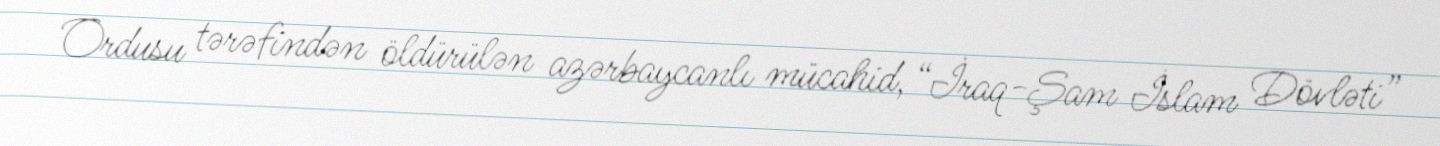
Ordusu tərəfindən öldürülən azərbaycanlı mücahid, “İraq-Şam İslam Dövləti”